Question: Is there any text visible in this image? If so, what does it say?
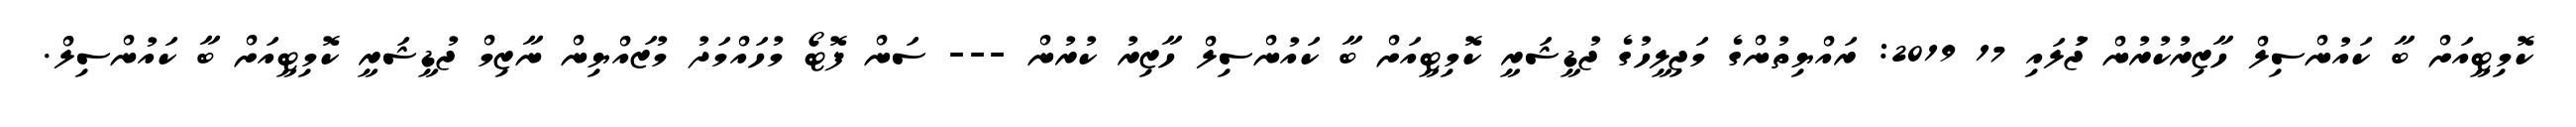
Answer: ކޮމިޓީއަށް ބާ ކައުންސިލް ހާޒިރުކުރުން ޖުަލައި 17 2019: ރައްޔިތުންގެ މަޖިލީހުގެ ޖުޑީޝަރީ ކޮމިޓީއަށް ބާ ކައުންސިލް ހާޒިރު ކުރުން --- ސަން ފޮޓޯ މުހައްމަދު މުޒައްޔިން ނާޒިމް ޖުޑީޝަރީ ކޮމިޓީއަށް ބާ ކައުންސިލް.